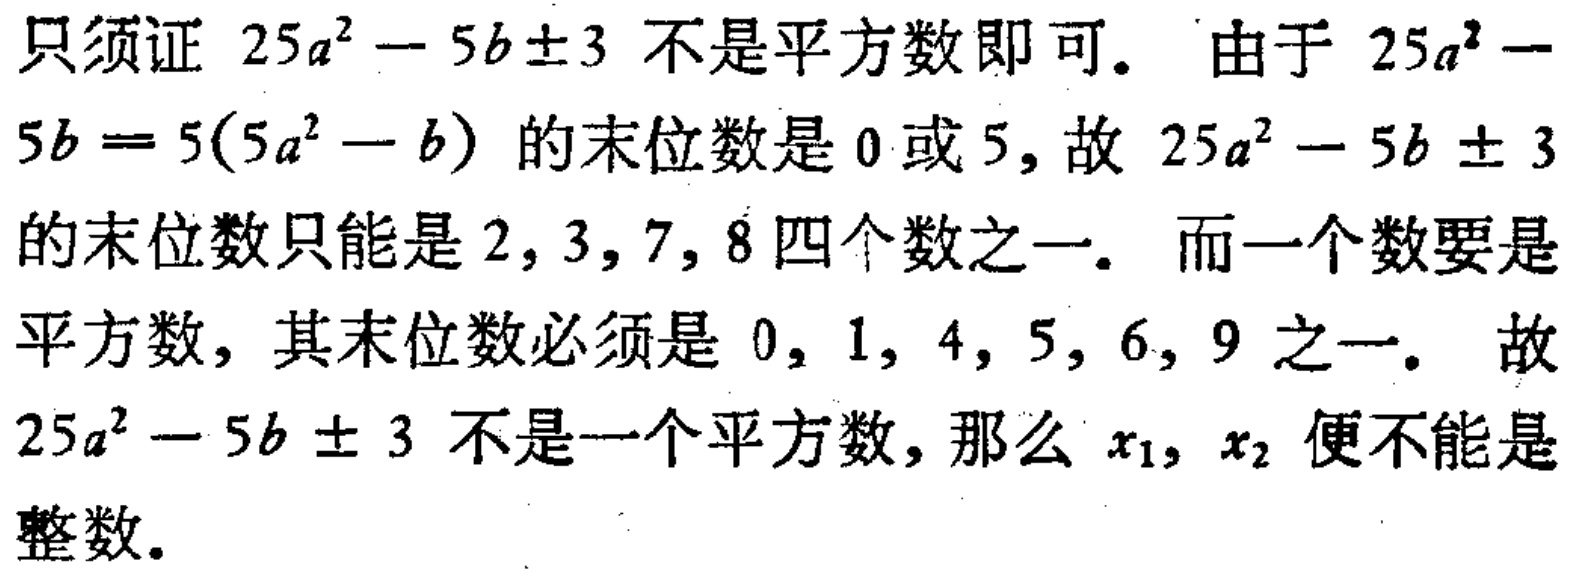
只须证 \(25a^{2}-5b\pm3\) 不是平方数即可。由于 \(25a^{2}-5b = 5(5a^{2}-b)\) 的末位数是 \(0\) 或 \(5\)，故 \(25a^{2}-5b\pm3\) 的末位数只能是 \(2,3,7,8\) 四个数之一。而一个数要是平方数，其末位数必须是 \(0,1,4,5,6,9\) 之一。故 \(25a^{2}-5b\pm3\) 不是一个平方数，那么 \(x_{1},x_{2}\) 便不能是整数。